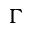
\Gamma